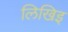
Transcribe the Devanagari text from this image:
लिखिइ